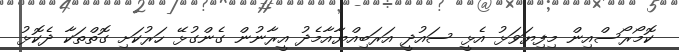
ކޮމޯރޯސްއިން މިފިޔަވަޅު އެޅީ ސައުދީ އަރަބިއްޔާއާމެދު އީރާނުން ގެންގުޅޭ ހަރުކަށި ގޮތްތަކާ ދެކޮޅު